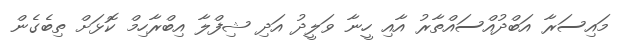
މައިސަރާ އަބްދުއްސައްތާރު އާއި ހީނާ ވަލީދު އަދި ޝިފްލާ އިބްރާހިމް ކޮޅަށް ތިބެގެން